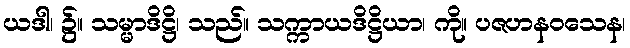
ယဒါ၊ ၌။ သမ္မာဒိဋ္ဌိ၊ သည်။ သက္ကာယဒိဋ္ဌိယာ၊ ကို။ ပဇဟနဝသေန၊